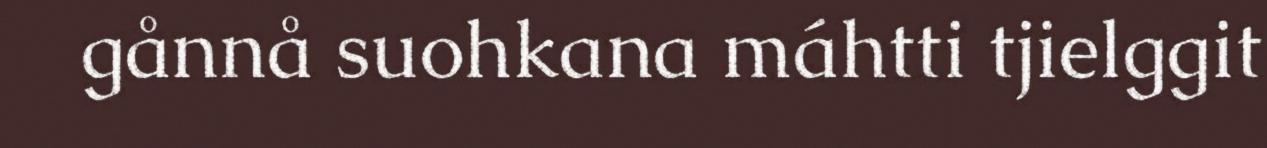
gånnå suohkana máhtti tjielggit